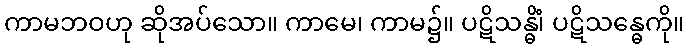
ကာမဘဝဟု ဆိုအပ်သော။ ကာမေ၊ ကာမ၌။ ပဋိသန္ဓိံ၊ ပဋိသန္ဓေကို။